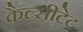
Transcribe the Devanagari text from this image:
कैल्सीटेट